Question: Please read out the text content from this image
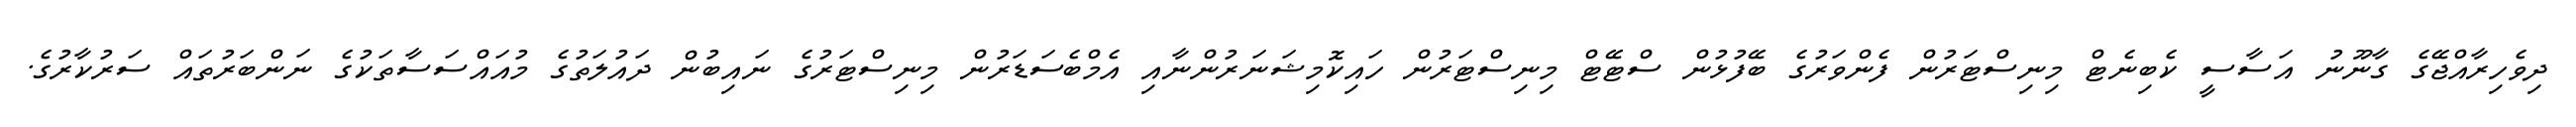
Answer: ދިވެހިރާއްޖޭގެ ގާނޫނު އަސާސީ ކެބިނެޓް މިނިސްޓަރުން ފެންވަރުގެ ބޭފުޅުން ސްޓޭޓް މިނިސްޓަރުން ހައިކޮމިޝަނަރުންނާއި އެމްބެސަޑަރުން މިނިސްޓަރުގެ ނައިބުން ދައުލަތުގެ މުއައްސަސާތަކުގެ ނަންބަރުތައް ސަރުކާރުގެ.